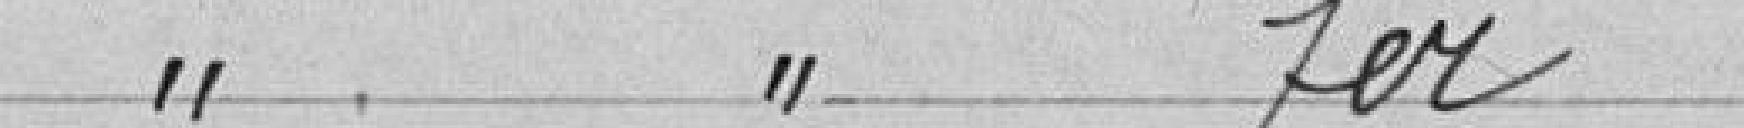
Lyres simples fer